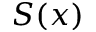
S ( x )